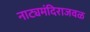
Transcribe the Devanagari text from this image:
नाट्यमंदिराजवळ